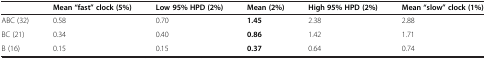
|  | Mean “fast” clock (5%) | Low 95% HPD (2%) | Mean (2%) | High 95% HPD (2%) | Mean “slow” clock (1%) |
 | --- | --- | --- | --- | --- | --- |
 | ABC (32) | 0.58 | 0.70 | 1.45 | 2.38 | 2.88 |
 | BC (21) | 0.34 | 0.40 | 0.86 | 1.42 | 1.71 |
 | B (16) | 0.15 | 0.15 | 0.37 | 0.64 | 0.74 |